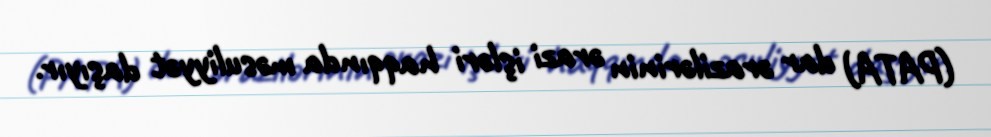
(PATA) dar ərazilərinin ərazi işləri haqqında məsuliyyət daşıyır.